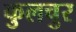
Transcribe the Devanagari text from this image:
कुलचुर